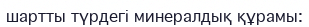
шартты түрдегі минералдық құрамы: